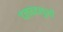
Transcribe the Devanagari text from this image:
दलबदलुओं